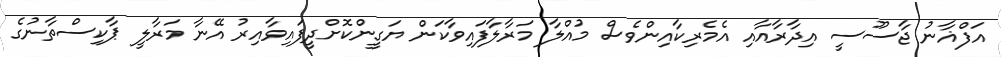
އަފްޣާނު ޖާސޫސީ އިދާރާއާއި އެމެރިކާއިންވެސް މުއްލާ މަރާލާފައިވާކަން ޔަގީންކޮށްދީފައިވާއިރު އޭނާ މަރާލީ ޕާކިސްތާނުގެ